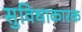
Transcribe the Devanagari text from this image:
सुविधाकारक